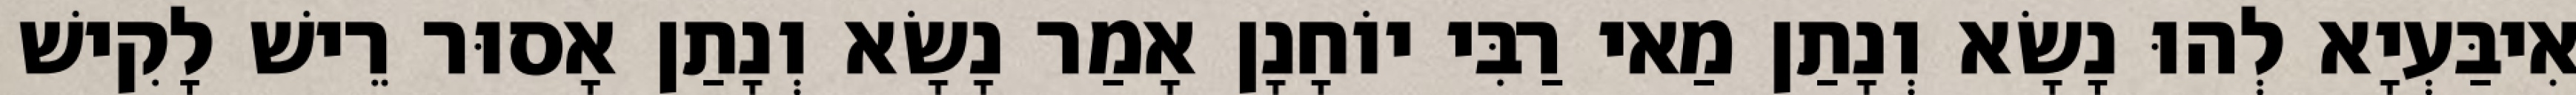
אִיבַּעְיָא לְהוּ נָשָׂא וְנָתַן מַאי רַבִּי יוֹחָנָן אָמַר נָשָׂא וְנָתַן אָסוּר רֵישׁ לָקִישׁ